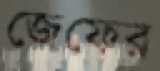
জেফের